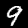
Digit: 9